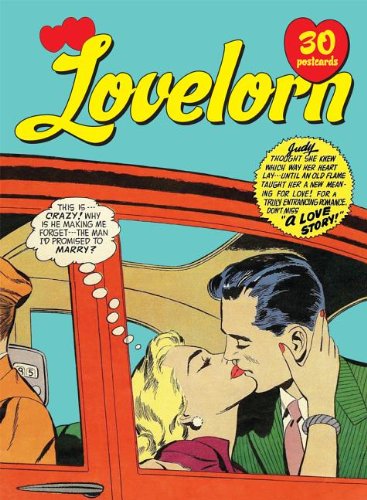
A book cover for Lovelorn: 30 Postcards; Comics & Graphic Novels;